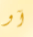
آو